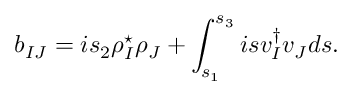
b _ { I J } = i s _ { 2 } \rho _ { I } ^ { \star } \rho _ { J } + \int _ { s _ { 1 } } ^ { s _ { 3 } } i s v _ { I } ^ { \dagger } v _ { J } d s .